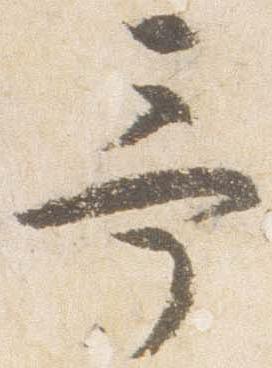
予